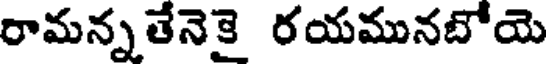
రామన్నతేనెకై రయమునబోయె